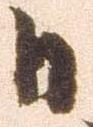
日